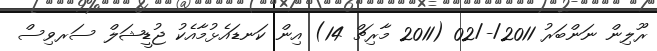
ރޫލިން ނަންބަރު 2011/-/02 (2011 މާރިޗް 14) އިން ކަނޑައެޅުމާއެކު ޖުޑީޝަލް ސަރވިސް